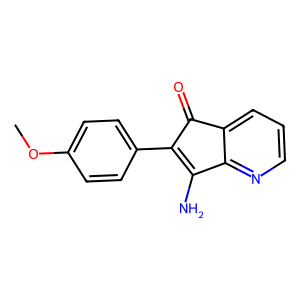
SMILES: COc1ccc(C2=C(N)c3ncccc3C2=O)cc1
Inhibits HIV replication: No